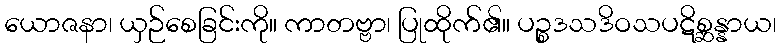
ယောဇနာ၊ ယှဉ်စေခြင်းကို။ ကာတဗ္ဗာ၊ ပြုထိုက်၏။ ပဉ္စဒသဒိဝသပဋိစ္ဆန္နာယ၊